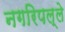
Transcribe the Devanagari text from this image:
नगरिपल्ले